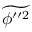
\widetilde { \phi ^ { \prime \prime 2 } }